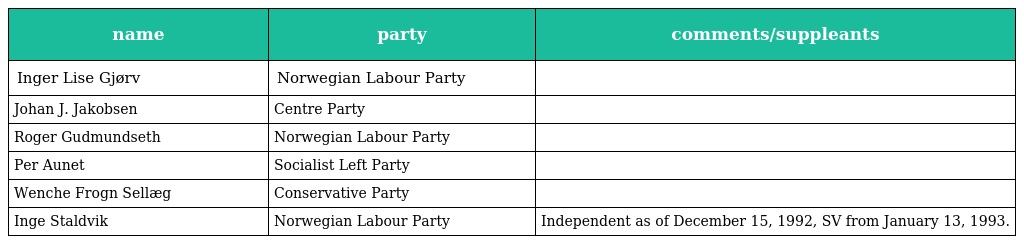
| name | party | comments/suppleants |
 | --- | --- | --- |
 | Inger Lise Gjørv | Norwegian Labour Party |  |
 | Johan J. Jakobsen | Centre Party |  |
 | Roger Gudmundseth | Norwegian Labour Party |  |
 | Per Aunet | Socialist Left Party |  |
 | Wenche Frogn Sellæg | Conservative Party |  |
 | Inge Staldvik | Norwegian Labour Party | Independent as of December 15, 1992, SV from January 13, 1993. |